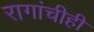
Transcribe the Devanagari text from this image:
रागांचीही